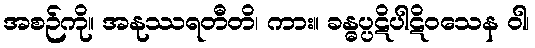
အစဉ်ကို။ အနုဿရတီတိ၊ ကား။ ခန္ဓပ္ပဋိပါဋိဝသေန ဝါ၊